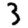
Digit: 3